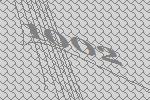
1002